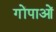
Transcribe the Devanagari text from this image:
गोंपाओं